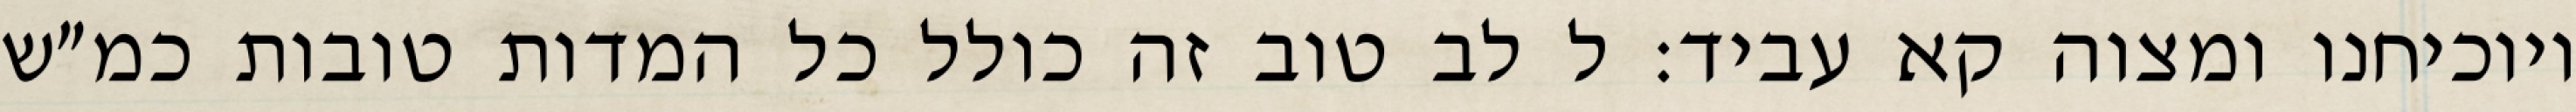
ויוכיחנו ומצוה קא עביד: ל לב טוב זה כולל כל המדות טובות כמ״ש